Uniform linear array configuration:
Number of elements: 64
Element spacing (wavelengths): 0.25
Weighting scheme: cosine
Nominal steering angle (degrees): -45
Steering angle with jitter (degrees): -43.107
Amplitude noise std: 0.05
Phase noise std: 0.05

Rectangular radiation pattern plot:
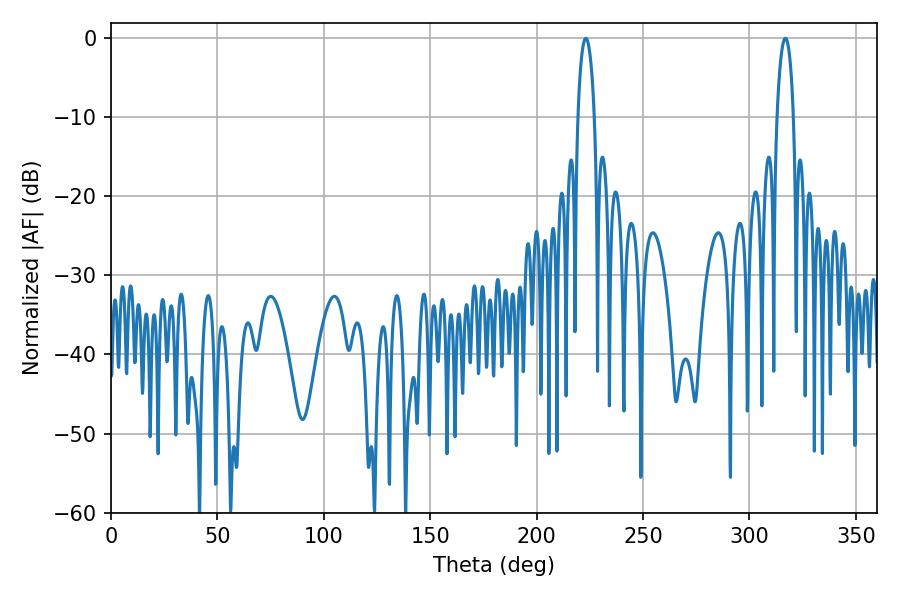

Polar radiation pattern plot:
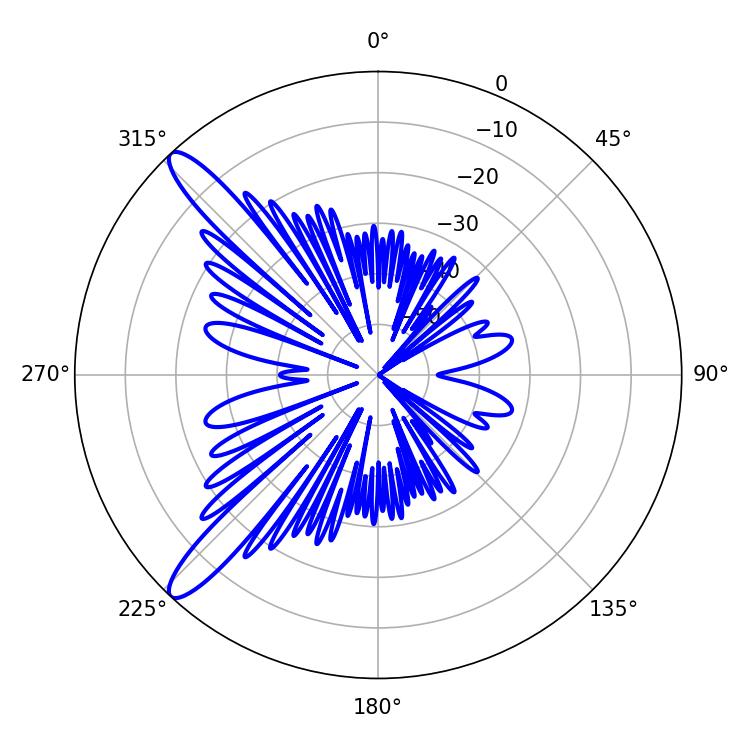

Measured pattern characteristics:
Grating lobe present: FALSE
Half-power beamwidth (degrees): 4.32
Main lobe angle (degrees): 316.8